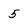
Character: 5